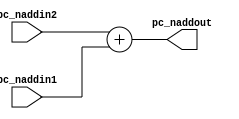
module pc_nadd(pc_naddin1,pc_naddin2,pc_naddout);
	input [31:0] pc_naddin1,pc_naddin2;
	output [31:0] pc_naddout;
	reg[31:0] pc_naddout;
	always@(pc_naddin2)
	begin
	 pc_naddout<=pc_naddin2+pc_naddin1;
	end
endmodule